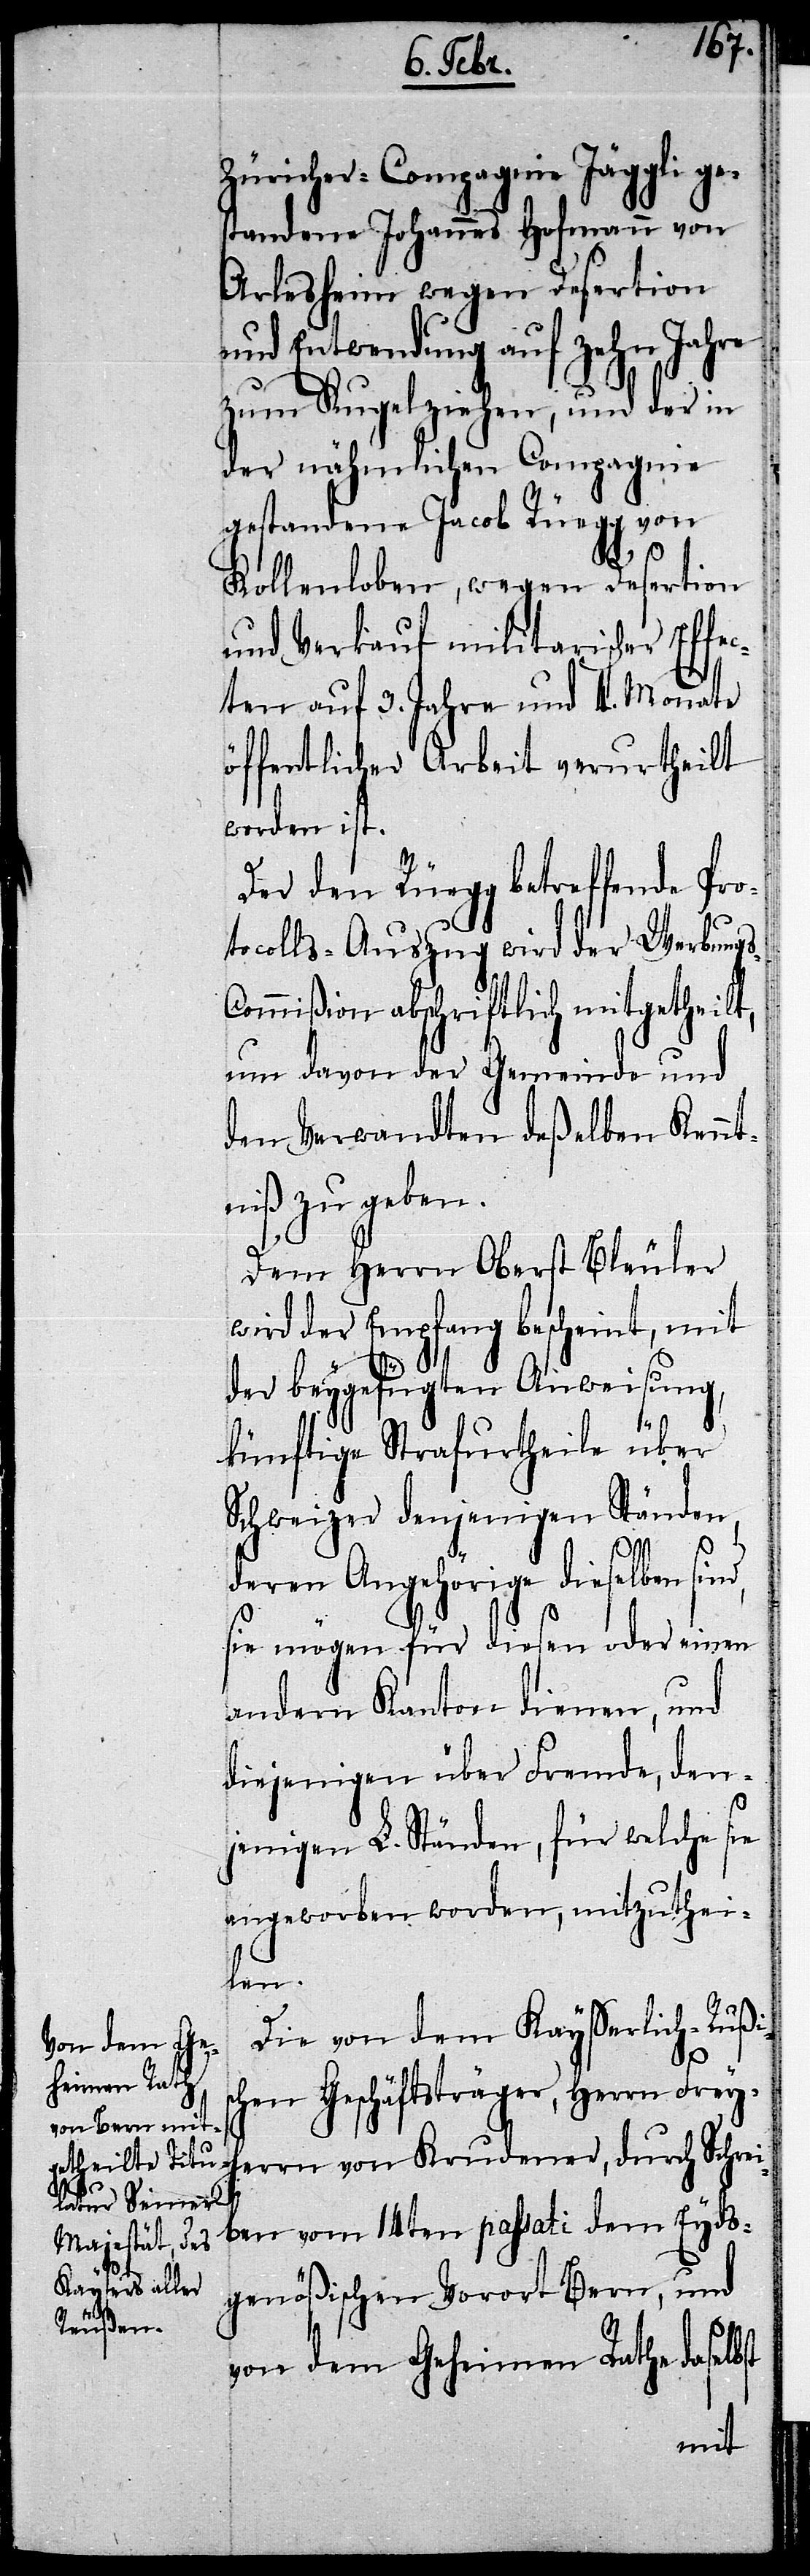
Züricher-Compagnie Jäggli ge¬
standene Johannes Hofmann von
Arlesheim wegen Desertion
und Entwendung auf zehn Jahre
zum Kugelziehen, und der in
der nähmlichen Compagnie
gestandene Jacob Rüegg von
Kollenloben, wegen Desertion
und Verkauf militarischer Effec¬
ten auf 3. Jahre und 4. Monate
öffentlicher Arbeit verurtheilt
worden ist.
Der den Rüegg betreffende Pro¬
tocolls-Auszug wird der Werbung¬
ommißion abschriftlich mitgetheilt,
um davon der Gemeinde und
den Verwandten deßelben Kennt¬
niß zu geben.
Dem Herrn Oberst Bleuler
wird der Empfang bescheint, mit
der beygefügten Anweisung,
künftige Strafurtheile über
Schweizer denjenigen Ständen,
deren Angehörige dieselben sin¬
sie mögen für diesen oder einen
andern Kanton dienen, und
diejenigen über Fremde, den¬
jenigen L. Ständen, für welche sie
angeworben worden, mitzuthei¬
len.
Die von dem Kayßerlich-Rußis¬
Schrei¬
chen Geschäftsträger, Herrn Freyh¬
ben vom 14ten passati dem Eyds¬
genößischen Vorort Bern, und
errn
von dem Geheimen Rathe daselbst